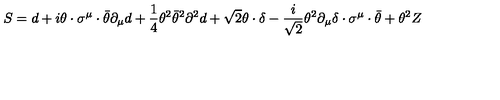
S = d + i \theta \cdot \sigma ^ { \mu } \cdot \bar { \theta } \partial _ { \mu } d + \frac { 1 } { 4 } \theta ^ { 2 } \bar { \theta } ^ { 2 } \partial ^ { 2 } d + \sqrt { 2 } \theta \cdot \delta - \frac { i } { \sqrt { 2 } } \theta ^ { 2 } \partial _ { \mu } \delta \cdot \sigma ^ { \mu } \cdot \bar { \theta } + \theta ^ { 2 } Z